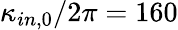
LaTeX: \kappa_{in,0}/2\pi=160